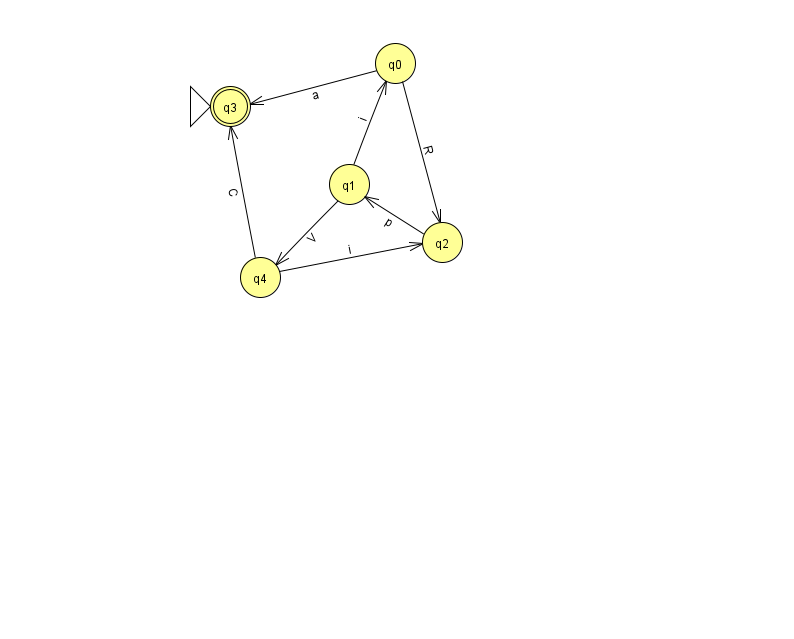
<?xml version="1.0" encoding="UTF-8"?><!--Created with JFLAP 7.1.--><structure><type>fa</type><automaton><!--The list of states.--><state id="0" name="q0"><x>395.0</x><y>50.0</y></state><state id="1" name="q1"><x>349.0</x><y>171.0</y></state><state id="2" name="q2"><x>442.0</x><y>229.0</y></state><state id="3" name="q3"><x>230.0</x><y>93.0</y><initial/><final/></state><state id="4" name="q4"><x>260.0</x><y>264.0</y></state><!--The list of transitions.--><transition><from>0</from><to>3</to><read>a</read></transition><transition><from>2</from><to>1</to><read>p</read></transition><transition><from>0</from><to>2</to><read>R</read></transition><transition><from>4</from><to>2</to><read>i</read></transition><transition><from>4</from><to>3</to><read>C</read></transition><transition><from>1</from><to>0</to><read>i</read></transition><transition><from>1</from><to>4</to><read>V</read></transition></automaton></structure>